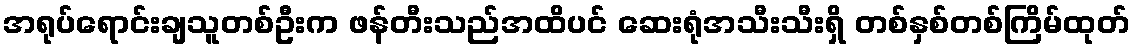
အရုပ်ရောင်းချသူတစ်ဦးက ဖန်တီးသည်အထိပင် ဆေးရုံအသီးသီးရှိ တစ်နှစ်တစ်ကြိမ်ထုတ်